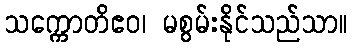
သက္ကောတိဧဝ၊ မစွမ်းနိုင်သည်သာ။